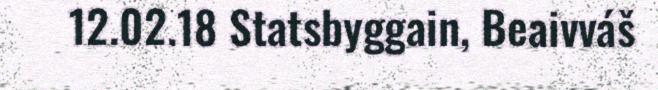
12.02.18 Statsbyggain, Beaivváš